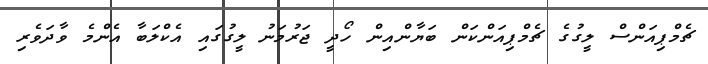
ޗެމްޕިއަންސް ލީގުގެ ޗެމްޕިއަންކަން ބަޔާންއިން ހޯދީ ޖަރުމަނު ލީގުގައި އެކްލަބާ އެންމެ ވާދަވެރި